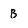
Character: b